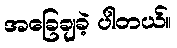
အခြေချခဲ့ ပါတယ်။